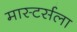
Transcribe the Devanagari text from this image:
मास्टर्सला